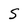
Character: S